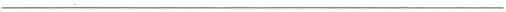
___